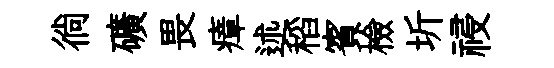
徜礦畏瘴述稻賓檢圻祲